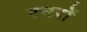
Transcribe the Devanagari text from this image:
रनरों